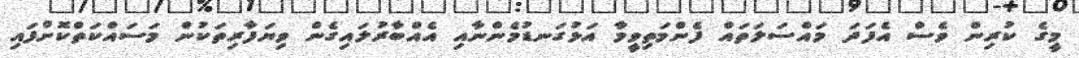
މީގެ ކުރިން ވެސް އެފަދަ މައްސަލަތައް ފެންމަތިވީމާ އަޅުގަނޑުމެންނާއި އެއްބާރުލައިގެން ވިޔަފާރިތަކުން މަސައްކަތްކޮށްފައި